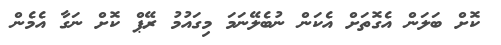
ކޮށް ބަލަން އެގޮތަށް އެކަން ނުބެލޭނަމަ މިގައުުމު ރޭޕް ކޮށް ނަގާ އެމެން